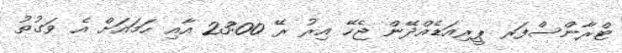
ޓްރާންސްފަރ ޕީރިއަޑެއްދޭން ޖެހޭ އިރު ރޭ 23:00 އާއި ހަމައަށް އެ ވަގުތު